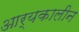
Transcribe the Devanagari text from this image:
आर्यकालीन